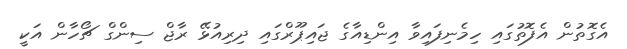
އެގޮތުން އެފޮތުގައި ހިމެނިފައިވާ އިންޑިއާގެ ޖައިޕޫރްގައި ދިރިއުޅޭ ރާޖް ސިންގް ޗޯހާން އަކީ